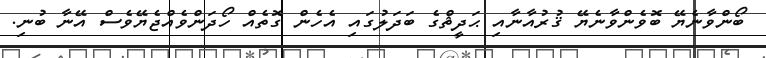
ބޯންވާނެޔޭ ބޮވެންވާނެޔޭ ޤުރުއާނާއި ޙަދީޘްގެ ބަދަލުގައި އެހެން ގޮތެއް ހޯދަންވެއްޖެޔޭވެސް އޭނާ ބުނި.